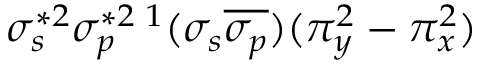
\sigma _ { s } ^ { * 2 } \sigma _ { p } ^ { * 2 } { } \, ^ { 1 } ( \sigma _ { s } \overline { { \sigma _ { p } } } ) ( \pi _ { y } ^ { 2 } - \pi _ { x } ^ { 2 } )